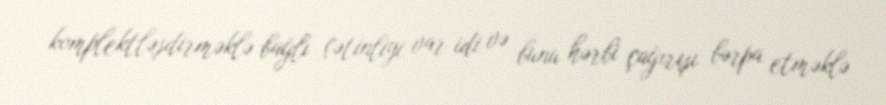
komplektləşdirməklə bağlı çətinliyi var idi və bunu hərbi çağırışı bərpa etməklə